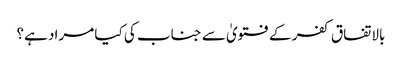
بالاتفاق کفر کے فتویٰ سے جناب کی کیا مراد ہے؟